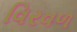
વિરવળ